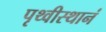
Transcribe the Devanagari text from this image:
पृथ्वीस्थानं